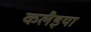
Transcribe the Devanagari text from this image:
कलैइया